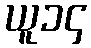
ယူ၁၄